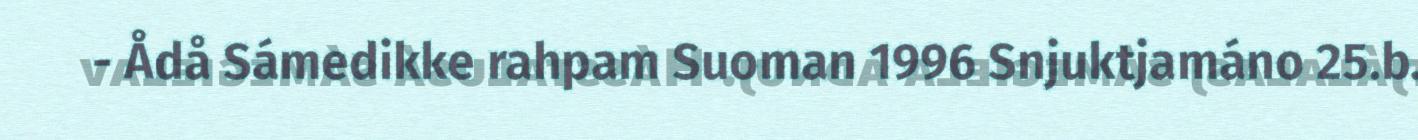
- Ådå Sámedikke rahpam Suoman 1996 Snjuktjamáno 25.b.